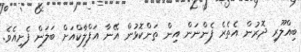
ބިއްލޫރި ދޮރުން އެތެރެ ފެންނަން އިން ތަންކޮޅުން އޭނާ އަފްލާކްއަށް ބަލަން ފެށިއެވެ.